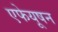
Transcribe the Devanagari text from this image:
एफेयूषन